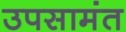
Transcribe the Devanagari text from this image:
उपसामंत